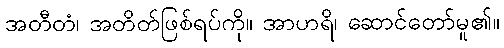
အတီတံ၊ အတိတ်ဖြစ်ရပ်ကို။ အာဟရိ၊ ဆောင်တော်မူ၏။